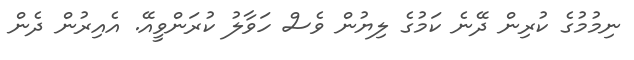
ނިމުމުގެ ކުރިން ދޭނެ ކަމުގެ ލިޔުން ވެސް ހަވާލު ކުރަންވީއޭ. އެއިރުން ދެން